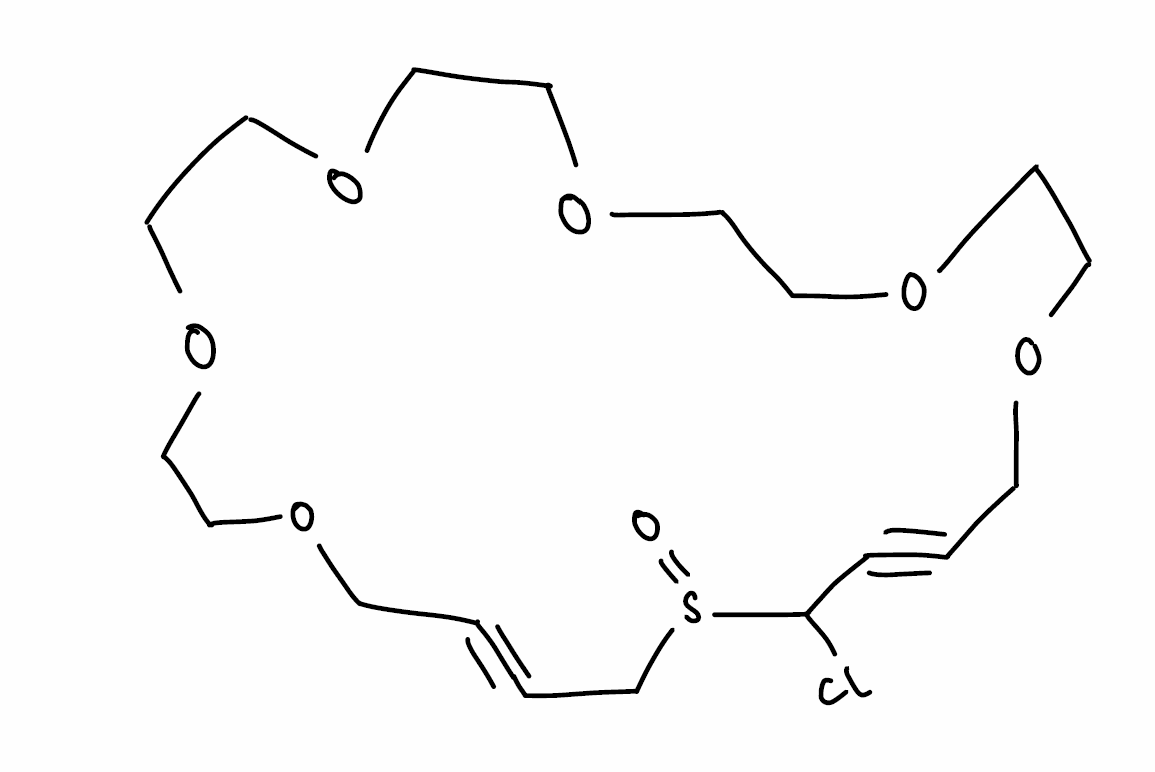
Simplified molecular-input line-entry system (SMILES) notation of the given molecule:
C1COCCOCCOCC#CC(S(=O)CC#CCOCCOCCO1)Cl